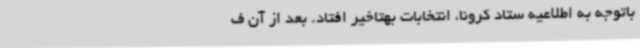
باتوجه به اطلاعیه ستاد کرونا، انتخابات بهتاخیر افتاد. بعد از آن ف